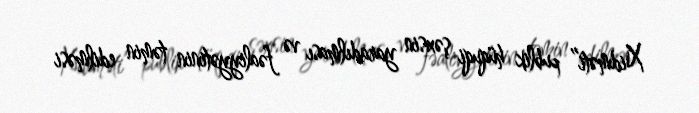
Xidməti” publik hüquqi şəxsin yaradılması və fəaliyyətinin təmin edilməsi